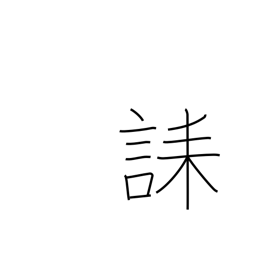
Meaning: condolence message